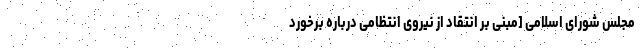
مجلس شورای اسلامی [مبنی بر انتقاد از نیروی انتظامی درباره برخورد